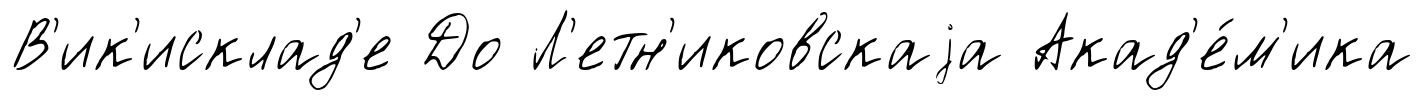
В'ик'исклад'е До Л'етн'иковскаjа Акад'е́м'ика